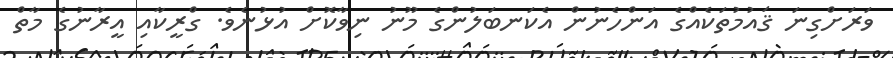
ވަރަށްގިނަ ޤައުމުތަކެއްގެ އަންހެނުން އެކަނބަލުންގެ މޫނު ނިވާކޮށް އުޅުނެވެ. ގްރީކާއި އީރާނުގެ މާތް